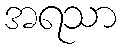
အရသာ